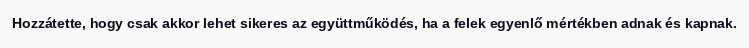
Hozzátette, hogy csak akkor lehet sikeres az együttműködés, ha a felek egyenlő mértékben adnak és kapnak.